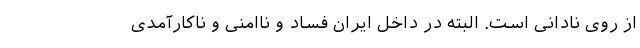
از روی نادانی است. البته در داخل ایران فساد و ناامنی و ناکارآمدی